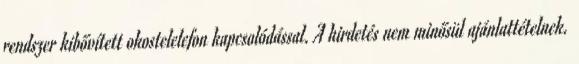
rendszer kibővített okostelelefon kapcsolódással. A hirdetés nem minősül ajánlattételnek.